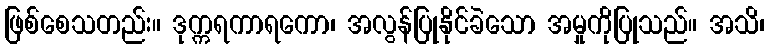
ဖြစ်စေသတည်း။ ဒုက္ကရကာရကော၊ အလွန်ပြုနိုင်ခဲသော အမှုကိုပြုသည်။ အသိ၊